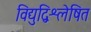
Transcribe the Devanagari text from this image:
विद्युद्विश्लेषित